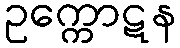
ဥက္ကောဋန